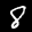
Label: 8